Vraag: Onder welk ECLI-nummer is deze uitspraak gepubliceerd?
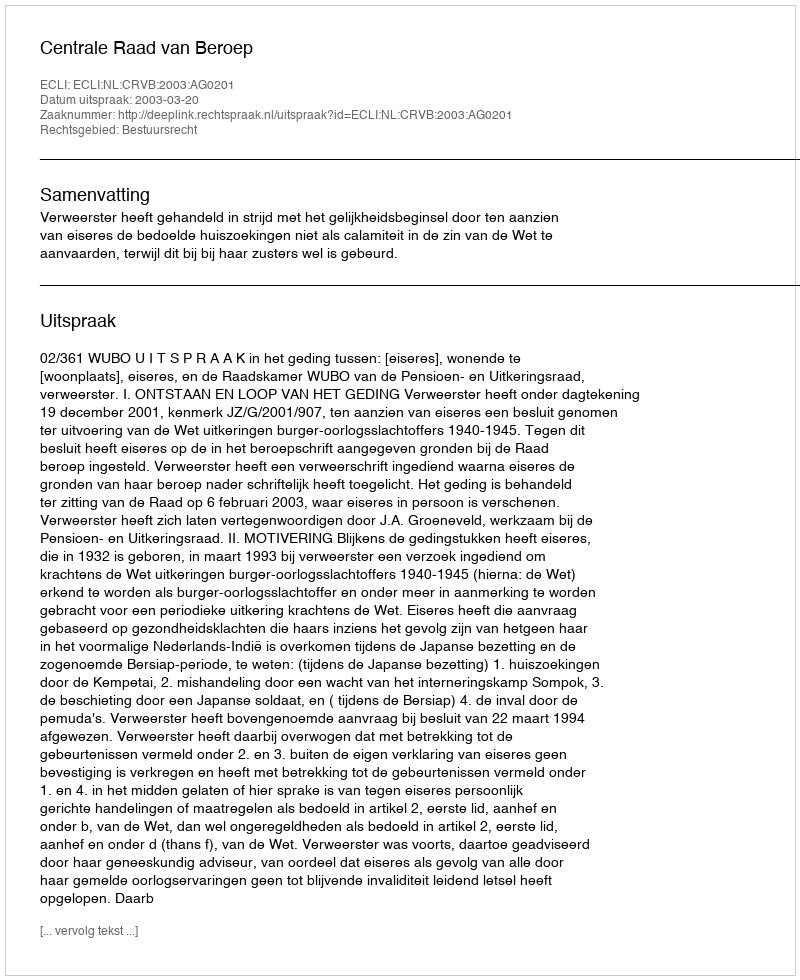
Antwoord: ECLI:NL:CRVB:2003:AG0201